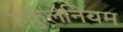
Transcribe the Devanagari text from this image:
हर्कुलेनियम